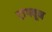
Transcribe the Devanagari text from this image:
टांगवून